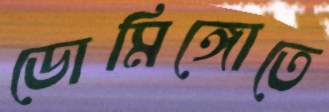
ডোমিঙ্গোতে